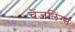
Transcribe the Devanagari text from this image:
चेंजलिंग्स